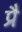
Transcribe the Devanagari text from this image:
प्रै